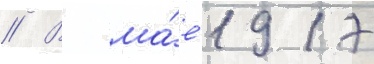
// В ма́е 1917